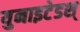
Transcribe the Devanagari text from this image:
युनाइटेडश्